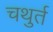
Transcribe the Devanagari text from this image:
चथुर्त